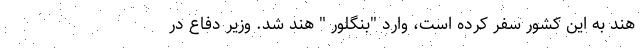
هند به این کشور سفر کرده است، وارد "بنگلور " هند شد. وزیر دفاع در